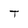
Character: T